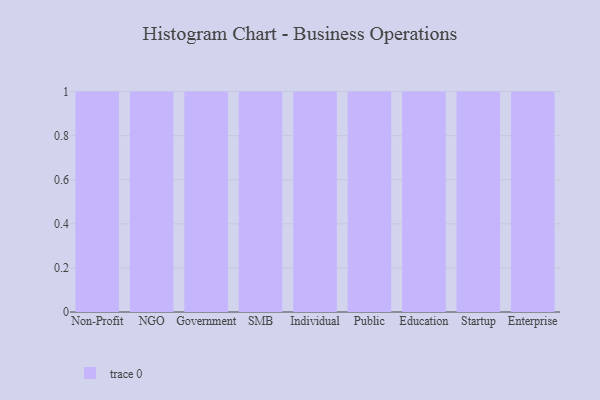
{"axis": {"x": "Segment", "y": "Backlog"}, "legend": [""], "data": [{"x": "Non-Profit", "y": 68, "type": ""}, {"x": "NGO", "y": 71, "type": ""}, {"x": "Government", "y": 63, "type": ""}, {"x": "SMB", "y": 35, "type": ""}, {"x": "Individual", "y": 69, "type": ""}, {"x": "Public", "y": 46, "type": ""}, {"x": "Education", "y": 69, "type": ""}, {"x": "Startup", "y": 19, "type": ""}, {"x": "Enterprise", "y": 5, "type": ""}]}